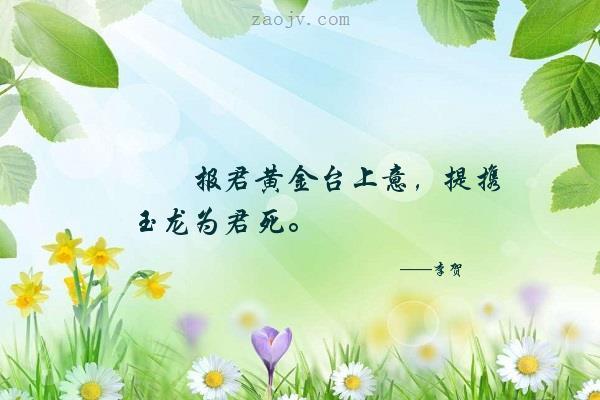
报君黄金台上意，提携玉龙为君死！